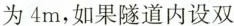
为4m，如果隧道内设双